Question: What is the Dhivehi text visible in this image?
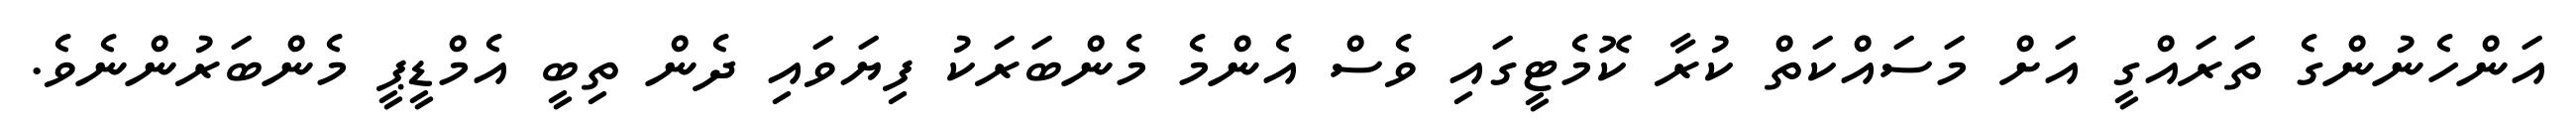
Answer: އަންހެނުންގެ ތަރައްގީ އަށް މަސައްކަތް ކުރާ ކޮމެޓީގައި ވެސް އެންމެ މެންބަރަކު ފިޔަވައި ދެން ތިބީ އެމްޑީޕީ މެންބަރުންނެވެ.